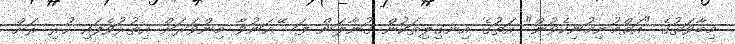
މިބާވަތުގެ "އަތްމުނިމުނިކެވުން" އަތުގެ އިނގިލިތަކުން ގުނާލަން ފަސޭހަނުވާ މިންވަރަށް އިތުރުވެފައި ހުރި ރަށް